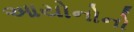
આયોનોનો